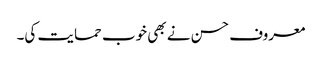
معروف حسن نے بھی خوب حمایت کی۔